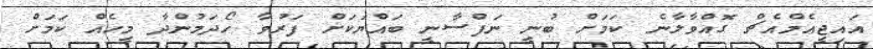
އައިޖީއެމްއެޗް ގޮއްވާލާނެ ކަމަށް ބުނީ ނަފްސާނީ ބައްޔަކަށް ފަރުވާ ހޯދަމުންދާ މީހެއް ކަމަށް